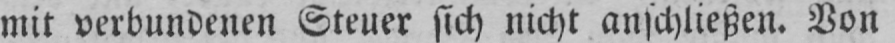
mit verbundenen Steuer sich nicht anschließen. Von